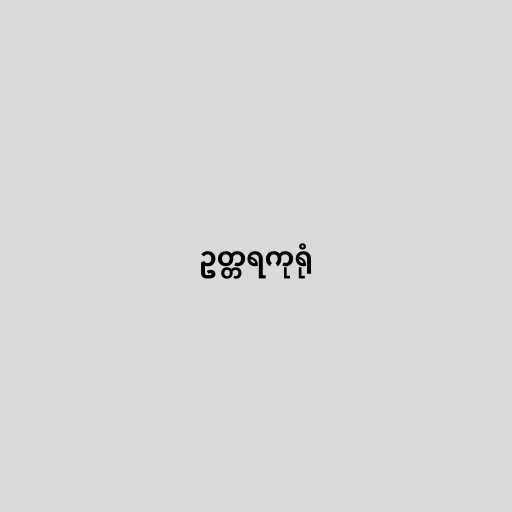
ဥတ္တရကုရုံ